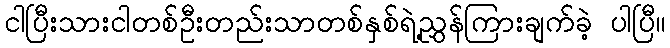
ငါပြီးသားငါတစ်ဦးတည်းသာတစ်နှစ်ရဲ့ညွှန်ကြားချက်ခဲ့ ပါပြီ။